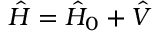
\hat { H } = \hat { H } _ { 0 } + \hat { V }